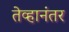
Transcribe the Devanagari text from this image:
तेव्हानंतर